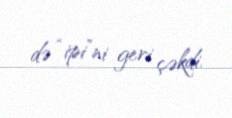
də “ipi”ni geri çəkdi.